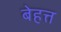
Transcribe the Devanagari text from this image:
बेहत्त